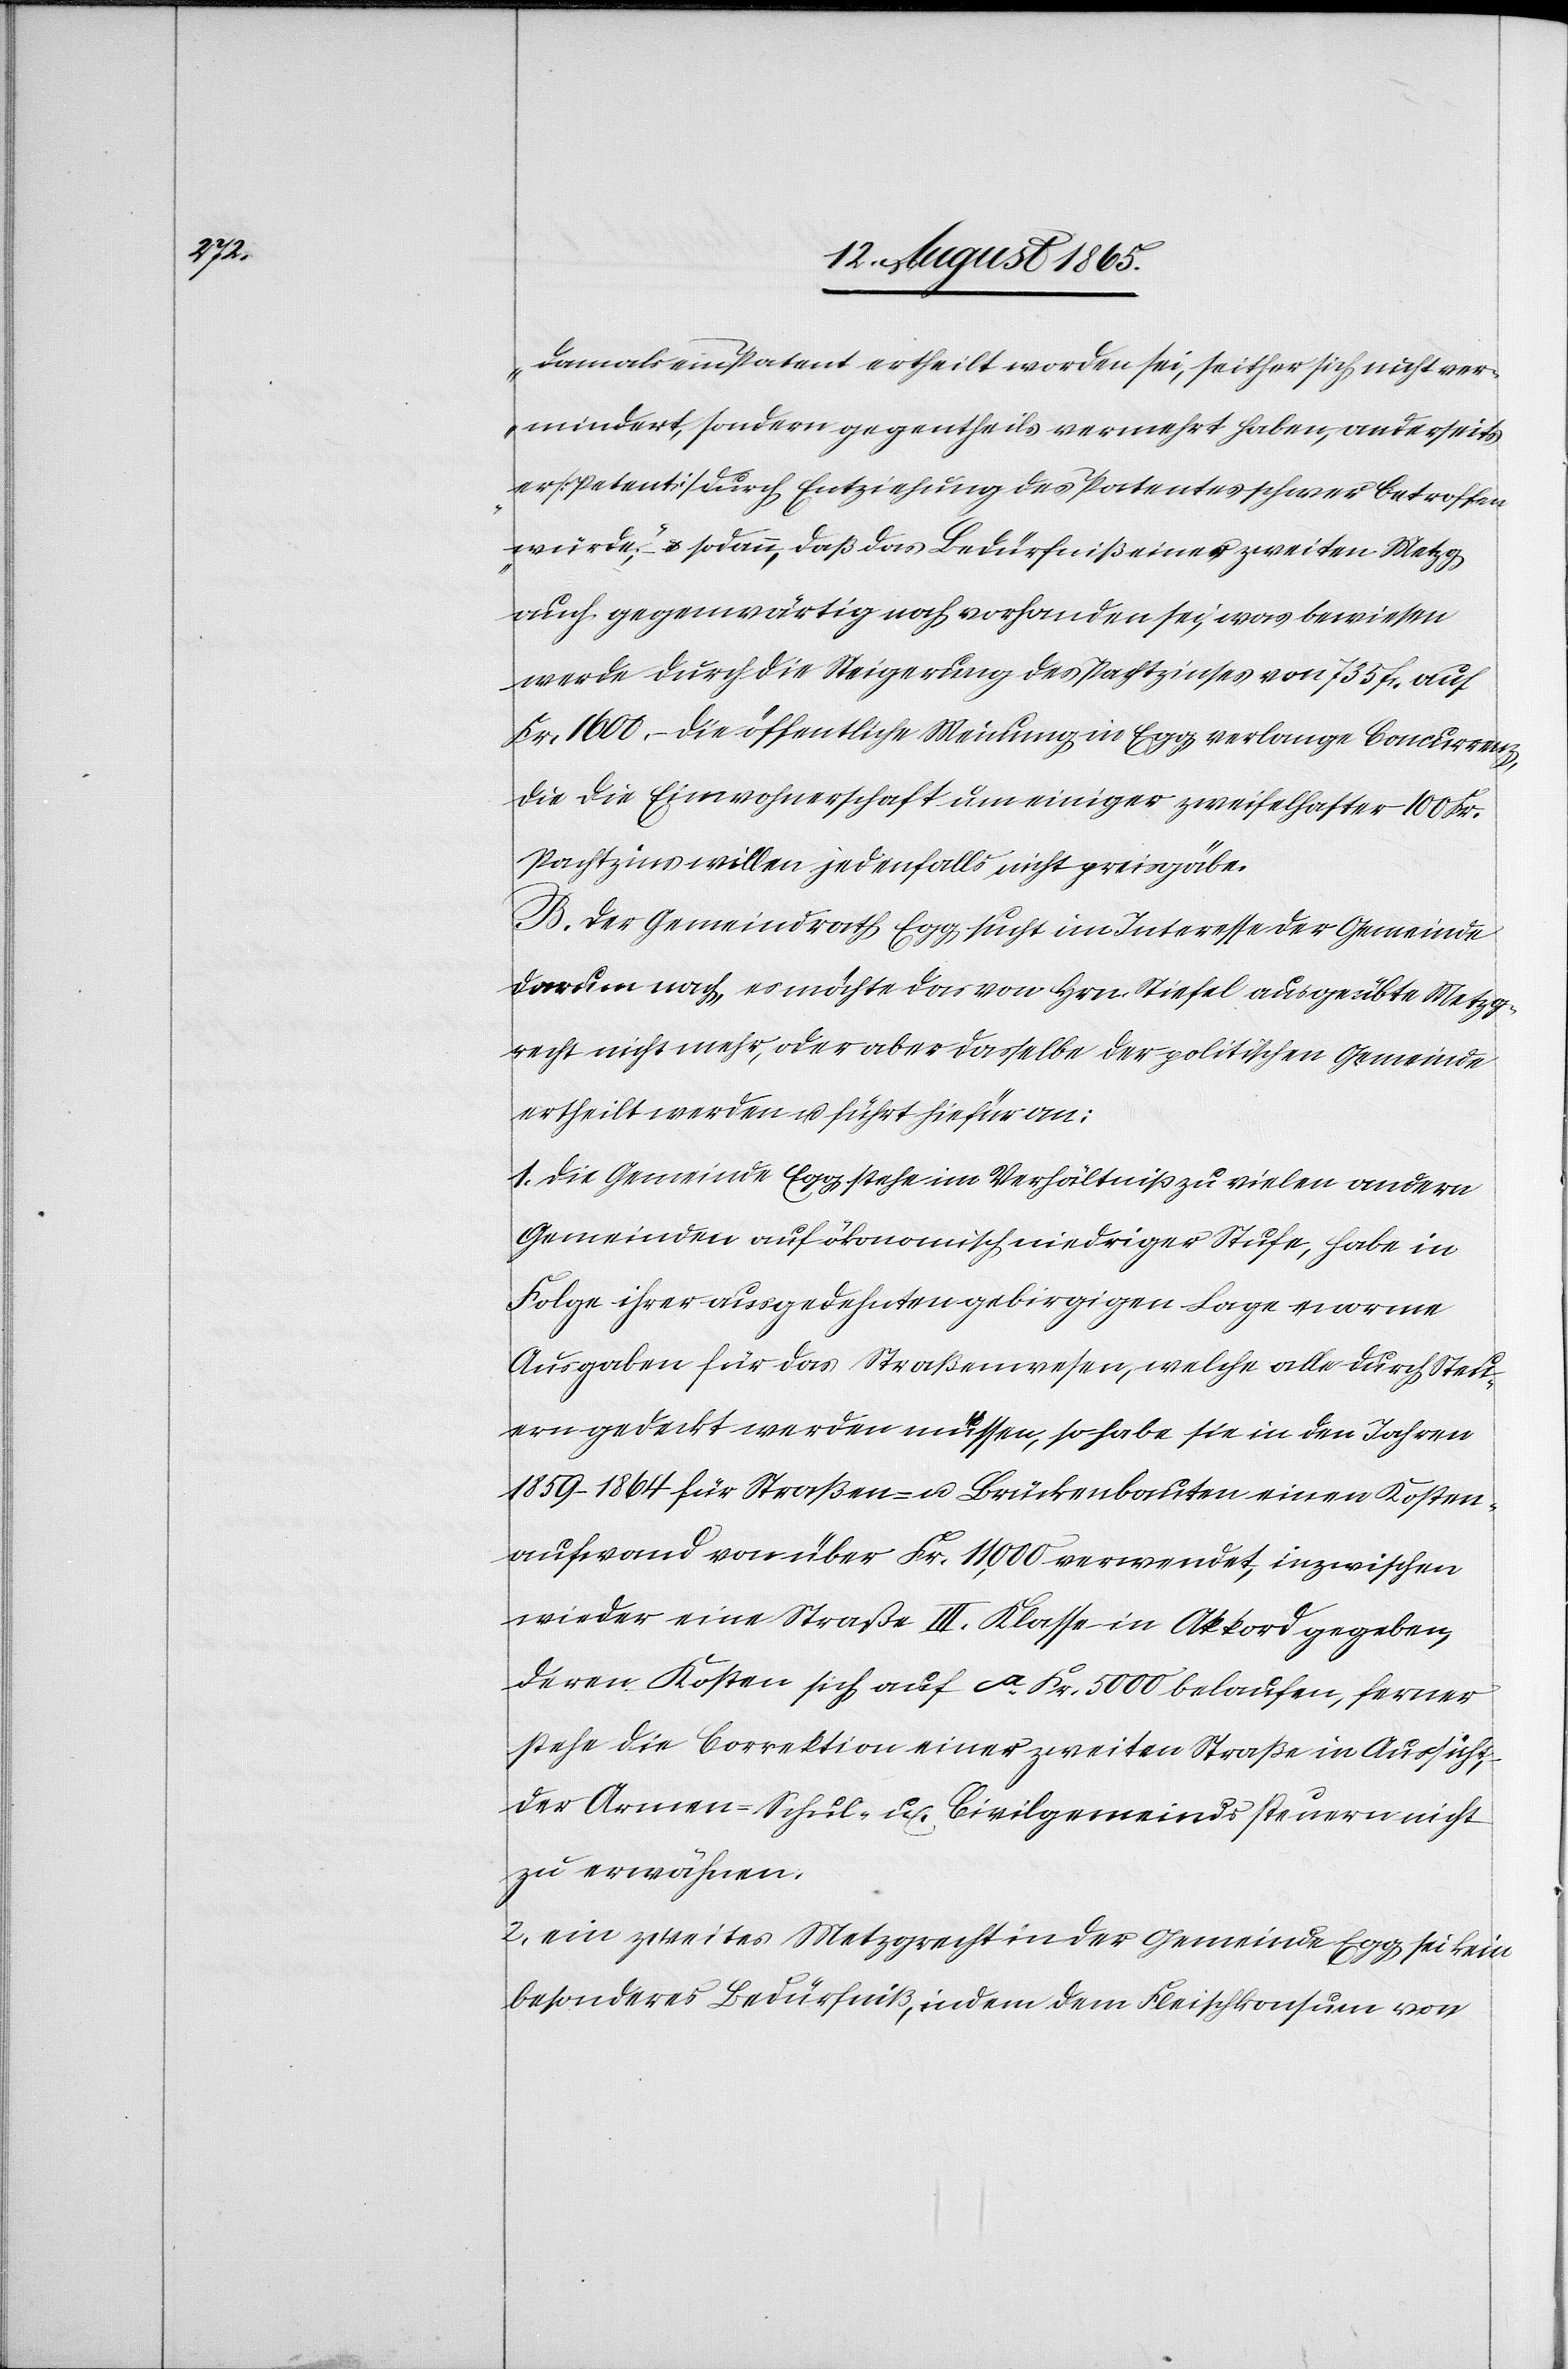
damals ein Patent ertheilt worden sei, seither sich nicht ver¬
mindert, sondern gegentheils vermehrt haben, anderseits
er [Petent] durch Entziehung des Patentes schwer betroffen
würde“; u. sodann, daß das Bedürfniß einer zweiten Metzg
auch gegenwärtig noch vorhanden sei, was bewiesen
werde durch die Steigerung des Pachtzinses von 735 fr. auf
Fr. 1600. – Die öffentliche Meinung in Egg verlange Concurrenz,
die die Einwohnerschaft um einiger zweifelhafter 100 Fr.
Pachtzins willen jedenfalls nicht preisgäbe.
B. Der Gemeindrath Egg sucht im Interesse der Gemeinde
darum nach, es möchte das von Hrn. Stiefel ausgeübte Metzg¬
recht nicht mehr, oder aber dasselbe der politischen Gemeinde
ertheilt werden u. führt hiefür an:
1. Die Gemeinde Egg stehe im Verhältniß zu vielen andern
Gemeinden auf ökonomisch niedriger Stufe, habe in
Folge ihrer ausgedehnten gebirgigen Lage enorme
Ausgaben für das Straßenwesen, welche alle durch Steu¬
ern gedeckt werden müssen, so habe sie in den Jahren
1859–1864 für Straßen- u. Brückenbauten einen Kosten¬
aufwand von über Fr. 11,000 verwendet, inzwischen
wieder eine Straße III. Klasse in Akkord gegeben,
deren Kosten sich auf ca Fr. 5000 belaufen, ferner
stehe die Correktion einer zweiten Straße in Aussicht,
der Armen-[,] Schul- u. Civilgemeindssteuern nicht
zu erwähnen.
2. ein zweites Metzgrecht in der Gemeinde Egg sei kein
besonderes Bedürfniß, indem dem Fleischkonsum von